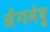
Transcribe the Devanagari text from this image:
सेंगमेदु